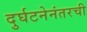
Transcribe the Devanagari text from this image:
दुर्घटनेनंतरची